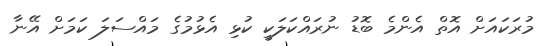
މުރަކައަށް އޮތް އެންމެ ބޮޑު ނުރައްކަލަކީ ކުޅި އެޅުމުގެ މައްސަލަ ކަމަށް އޭނާ